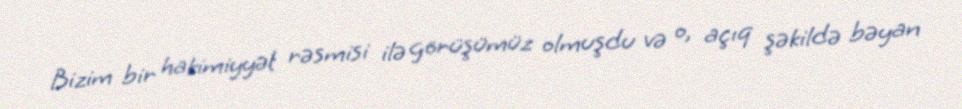
Bizim bir hakimiyyət rəsmisi ilə görüşümüz olmuşdu və o, açıq şəkildə bəyan